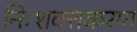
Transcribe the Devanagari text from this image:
निःशक्तकरण